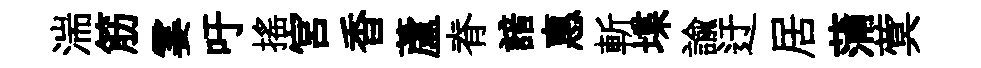
湍筋霎吁摇宫香蘆脊諳惠斬堞諭迂居蒲蓂